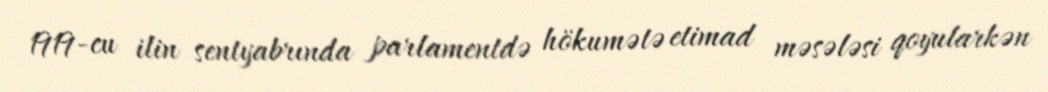
1919-cu ilin sentyabrında parlamentdə hökumətə etimad məsələsi qoyularkən